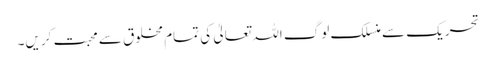
تحریک سے منسلک لوگ اللہ تعالیٰ کی تمام مخلوق سے محبت کریں۔